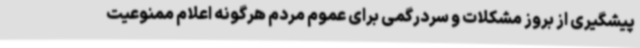
پیشگیری از بروز مشکلات و سردرگمی برای عموم مردم هرگونه اعلام ممنوعیت